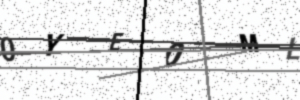
Text: 0YE0ML